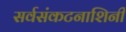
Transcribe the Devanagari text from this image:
सर्वसंकटनाशिनी